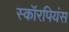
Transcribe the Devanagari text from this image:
स्कॉरपियंस